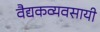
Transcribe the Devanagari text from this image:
वैद्यकव्यवसायी